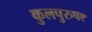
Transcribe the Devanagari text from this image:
कुलपुरुष९